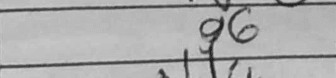
Transcription: g6